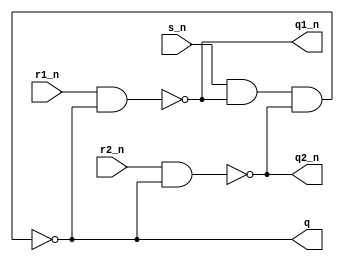
`timescale 1ns / 1ps
//////////////////////////////////////////////////////////////////////////////////
// 
// Design Name:    m6502_db
// Module Name:    rs_latch3 
// Project Name: 
// Target Devices: Xilinx XC9500
// Tool versions:  Xilinx ISE 14.7
// Description:    
//
// Dependencies: 
//
// Revision: 
// Revision 0.01 - File Created
// Additional Comments: 
//
//////////////////////////////////////////////////////////////////////////////////
module rs_latch3(
    input r1_n,
    input s_n,
    input r2_n,
    output q1_n,
    output q,
    output q2_n
    );

    wire fb1, fb2, fb3;
	 
    nand u1 (fb1, r1_n, fb2);
    nand u2 (fb2, s_n, fb1, fb3);
    nand u3 (fb3, r2_n, fb2);
	 
    assign q1_n = fb1;
    assign q = fb2;
    assign q2_n = fb3;

endmodule